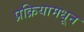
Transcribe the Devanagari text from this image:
प्रक्रियामधून